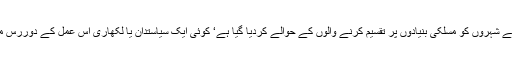
سرگودھا، جھنگ اور فیصل آبا د جیسے شہروں کو مسلکی بنیادوں پر تقسیم کرنے والوں کے حوالے کردیا گیا ہے‘ کوئی ایک سیاستدان یا لکھاری اس عمل کے دوررس مضمرات پر غور کرنے کو تیار نہیں۔